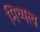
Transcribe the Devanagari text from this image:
मिथ्यत्व